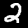
Digit: 2